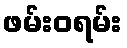
ဖမ်းဝရမ်း